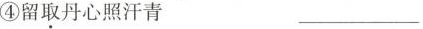
④留取丹心照汗青 ___